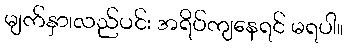
မျက်နှာ၊လည်ပင်း အရိပ်ကျနေရင် မရပါ။